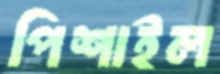
পিশাইল